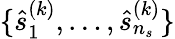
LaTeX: \{ \hat{s}_{1}^{(k)},\ldots,\hat{s}_{n_{s}}^{(k)}\}